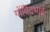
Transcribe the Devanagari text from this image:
गोंविंदभाई